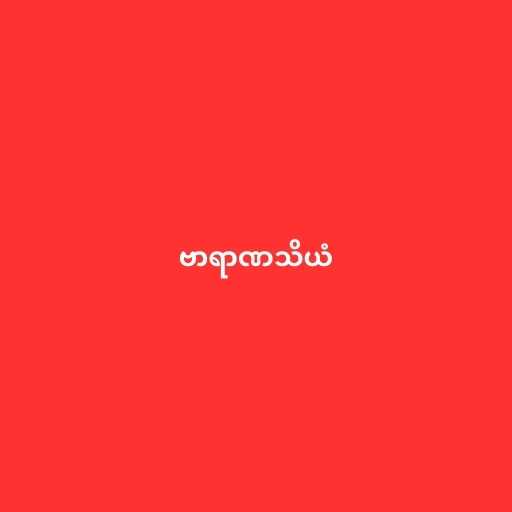
ဗာရာဏသိယံ